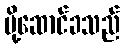
ပို့ဆောင်ခသည်